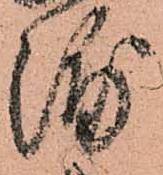
浦